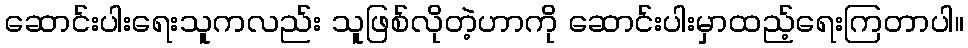
ဆောင်းပါးရေးသူကလည်း သူဖြစ်လိုတဲ့ဟာကို ဆောင်းပါးမှာထည့်ရေးကြတာပါ။